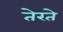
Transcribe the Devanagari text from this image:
तेरते